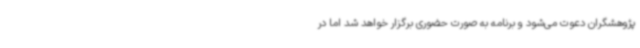
پژوهشگران دعوت می‌شود و برنامه به صورت حضوری برگزار خواهد شد اما در